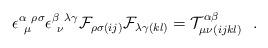
LaTeX: \begin{align*}\epsilon^{\alpha~\rho\sigma}_{~\mu} \epsilon^{\beta~\lambda\gamma}_{~\nu} {\cal F}_{\rho\sigma (ij)}{\cal F}_{\lambda\gamma (kl)} = {\cal T}^{\alpha\beta}_{\mu\nu(ijkl)} \ \ .\end{align*}